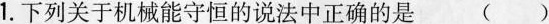
1.下列关于机械能守恒的说法中正确的是 ()